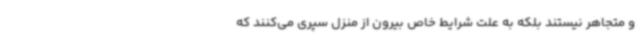
و متجاهر نیستند بلکه به علت شرایط خاص بیرون از منزل سپری می‌کنند که